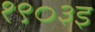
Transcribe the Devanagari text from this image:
१९०३इ